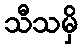
သီသမှိ